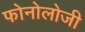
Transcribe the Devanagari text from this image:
फोनोलोजी